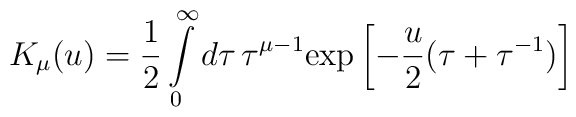
K_\mu(u)=\frac 12 \int\limits_0^\infty  d\tau\,\tau^{\mu-1}\mathrm{exp}\left[-\frac u2(\tau+\tau^{-1})\right]